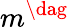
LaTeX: m^{\dag}